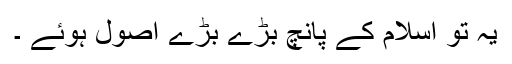
یہ تو اسلام کے پانچ بڑے بڑے اصول ہوئے ۔